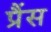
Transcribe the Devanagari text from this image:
प्रैंस